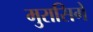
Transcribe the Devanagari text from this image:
मुरासिगे